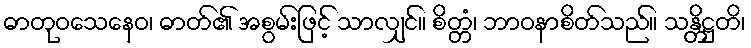
ဓာတုဝသေနေဝ၊ ဓာတ်၏ အစွမ်းဖြင့် သာလျှင်။ စိတ္တံ၊ ဘာဝနာစိတ်သည်။ သန္တိဋ္ဌတိ၊